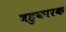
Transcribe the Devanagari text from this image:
बहुकारक